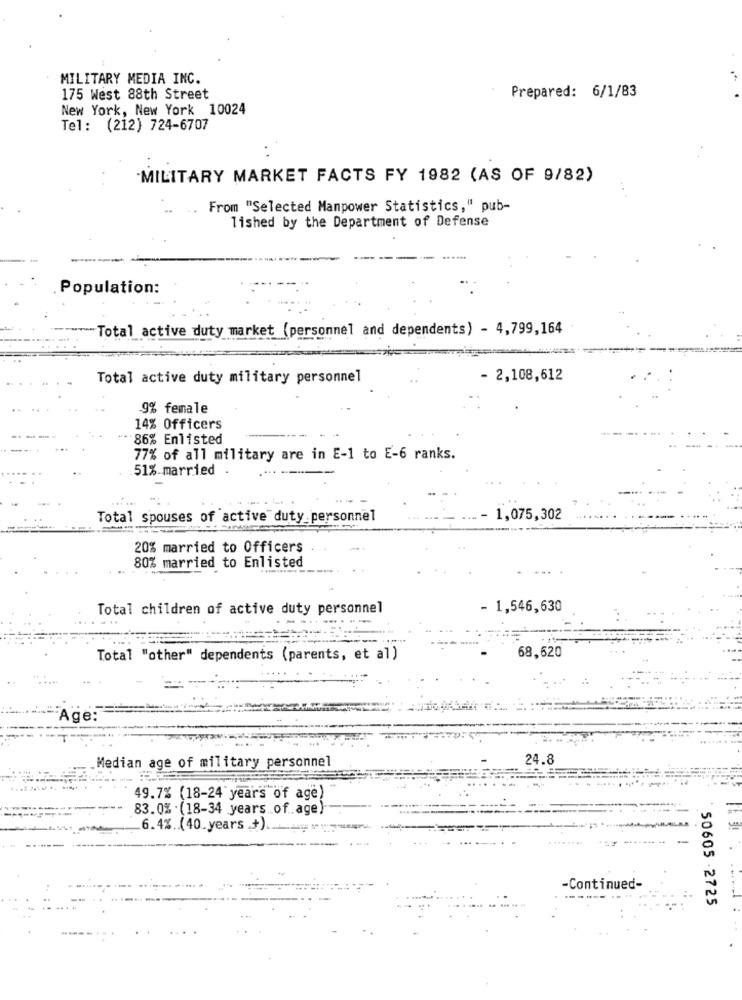
MILITARY MEDIA INC.
175 West 88th Street
Prepared: 6/1/83
New York, New York 10024
Tel: (212) 724-6707
MILITARY MARKET FACTS FY 1982 (AS OF 9/82)
.. From "Selected Manpower Statistics," pub-
lished by the Department of Defense
Population:
Total active duty market (personnel and dependents) - 4,799,164
Total active duty military personnel
- 2,108,612
9% female
14% Officers
- 86% Enlisted
77% of all military are in E-1 to E-6 ranks.
51%.married .
Total spouses of active duty personnel
1,075,302
20% married to Officers
80% married to Enlisted
Total children of active duty personnel
- 1,546,630
--
Total "other" dependents (parents, et al)
68,620
Age:
24.8
Median age of military personnel
49.7% (18-24 years of age)
83.0% . (18-34 years of .. age)
6.4%. (40.years +)
5!
-
-Continued-
50605 -2725